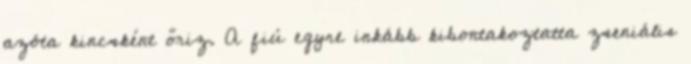
azóta kincsként őriz. A fiú egyre inkább kibontakoztatta zseniális